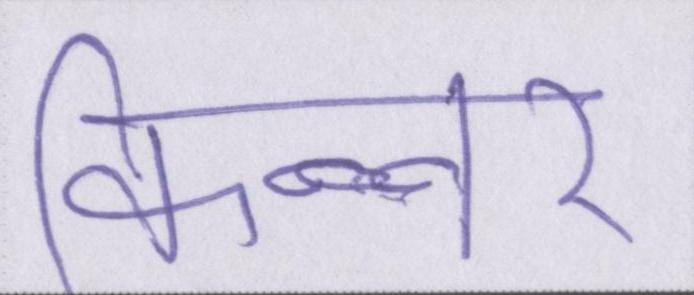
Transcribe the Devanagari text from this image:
किन्नर